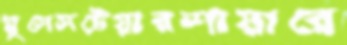
গ্লুসেসটেয়ারশায়ারে